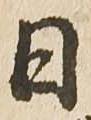
日